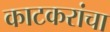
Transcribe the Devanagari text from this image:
काटकरांचा